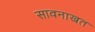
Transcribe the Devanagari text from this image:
सावनाखत